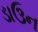
ડાઉન